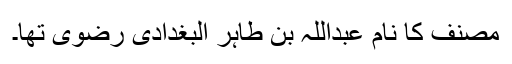
مصنف کا نام عبداللہ بن طاہر البغدادی رضوی تھا۔